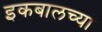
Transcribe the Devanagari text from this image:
इकबालच्या